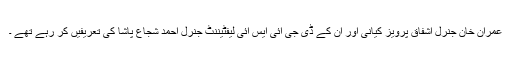
عمران خان جنرل اشفاق پرویز کیانی اور ان کے ڈی جی آئی ایس آئی لیفٹیننٹ جنرل احمد شجاع پاشا کی تعریفیں کر رہے تھے ۔